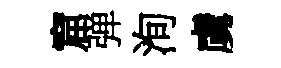
窟弹洵虜